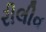
રીલીવ